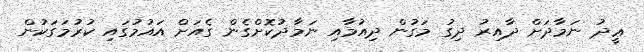
ޢީދު ނަމާދަށް ދާއިރު ދިގު މަގުން ދިއުމާއި ނަމާދުކޮށްގެން ގެއަށް އައުމުގައި ކުރުމަގަކުން